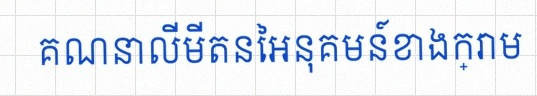
គណនាលីមីតនៃអនុគមន៍ខាងក្រោម